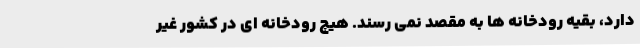
دارد، بقیه رودخانه ها به مقصد نمی رسند. هیچ رودخانه ای در کشور غیر